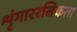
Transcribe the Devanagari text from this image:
शृंगाररसिकता